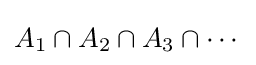
A_{1}\cap A_{2}\cap A_{3}\cap \cdots